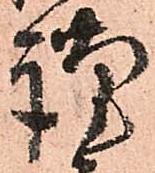
謹